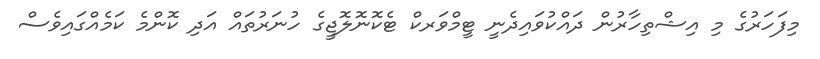
މިފަހަރުގެ މި އިޝްތިހާރުން ދައްކުވައިދެނީ ޓީމްވަރކް ޓެކޮނޮލޮޖީގެ ހުނަރުތައް އަދި ކޮންމެ ކަމެއްގައިވެސް